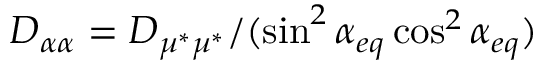
D _ { \alpha \alpha } = { D _ { \mu ^ { * } \mu ^ { * } } } / ( { \sin ^ { 2 } \alpha _ { e q } \cos ^ { 2 } \alpha _ { e q } } )